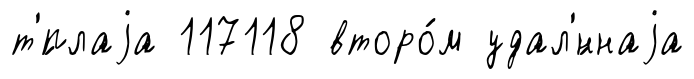
т'́плаjа 117118 второ́м удал'́ннаjа